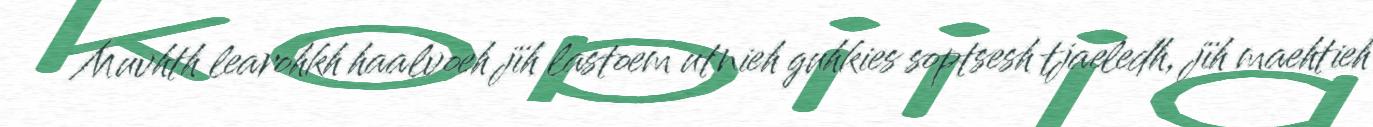
Muvhth learohkh haalvoeh jïh lastoem utnieh guhkies soptsesh tjaeledh, jïh maehtieh